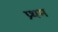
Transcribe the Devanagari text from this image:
प्र्थम